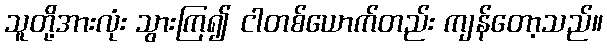
သူတို့အားလုံး သွားကြ၍ ငါတစ်ယောက်တည်း ကျန်တော့သည်။